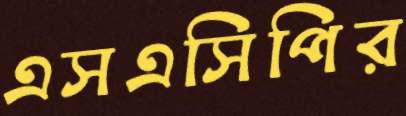
এসএসিপির